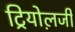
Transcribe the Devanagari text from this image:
ट्रियोल़जी